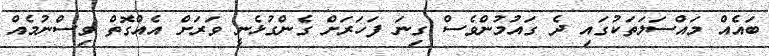
ބައެއް މައްސަލަތަކުގައި ދެ ގައުމުންވެސް ގިނަ ފަހަރަށް ގެންގުޅެނީ ވަރަށް އެއްގޮތް ވިސްނުމެއް